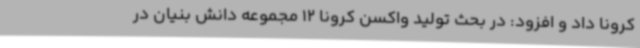
کرونا داد و افزود: در بحث تولید واکسن کرونا 12 مجموعه دانش بنیان در